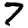
Digit: 7